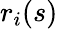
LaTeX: r_{i}(s)